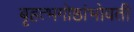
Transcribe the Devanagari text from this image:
बृहत्भगोष्ठांभोवती